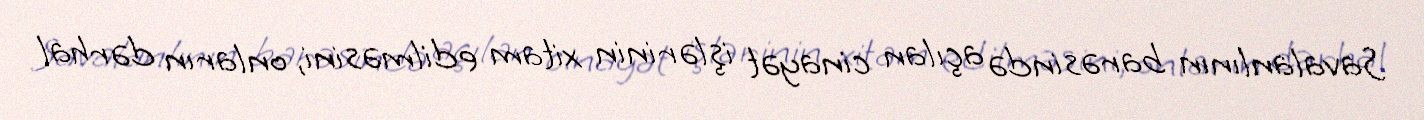
Savalanlının barəsində açılan cinayət işlərinin xitam edilməsini, onların dərhal